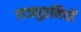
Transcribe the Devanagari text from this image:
राजपुतनियों